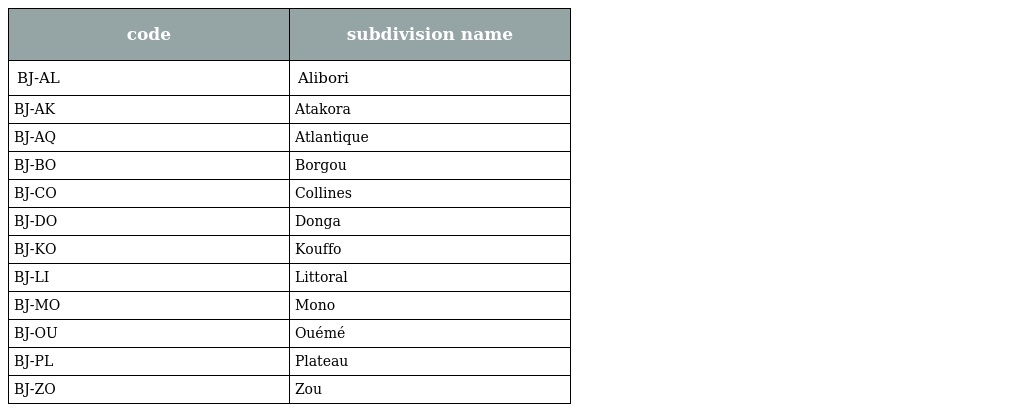
| code | subdivision name |
 | --- | --- |
 | BJ-AL | Alibori |
 | BJ-AK | Atakora |
 | BJ-AQ | Atlantique |
 | BJ-BO | Borgou |
 | BJ-CO | Collines |
 | BJ-DO | Donga |
 | BJ-KO | Kouffo |
 | BJ-LI | Littoral |
 | BJ-MO | Mono |
 | BJ-OU | Ouémé |
 | BJ-PL | Plateau |
 | BJ-ZO | Zou |